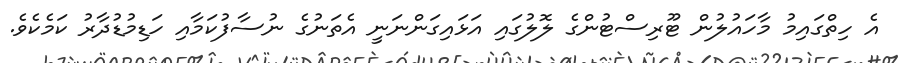
އެ ހިތްގައިމު މާހައުލުން ޓޫރިސްޓުންގެ ލޮލުގައި އަޅައިގަންނަނީ އެތަނުގެ ނުސާފުކަމާއި ހަޑިމުޑުދާރު ކަމެކެވެ.